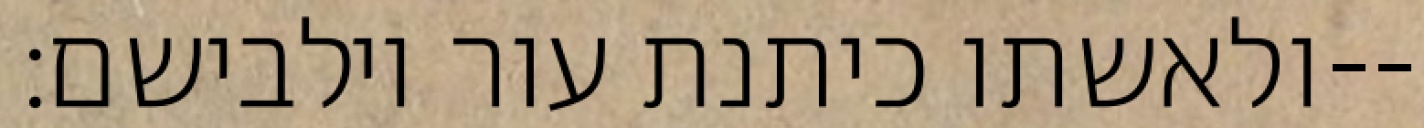
ולאשתו כיתנת עור וילבישם׃--